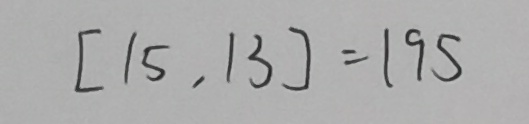
[ 1 5 , 1 3 ] = 1 9 5